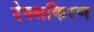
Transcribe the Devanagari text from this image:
ऐक्सकिरण